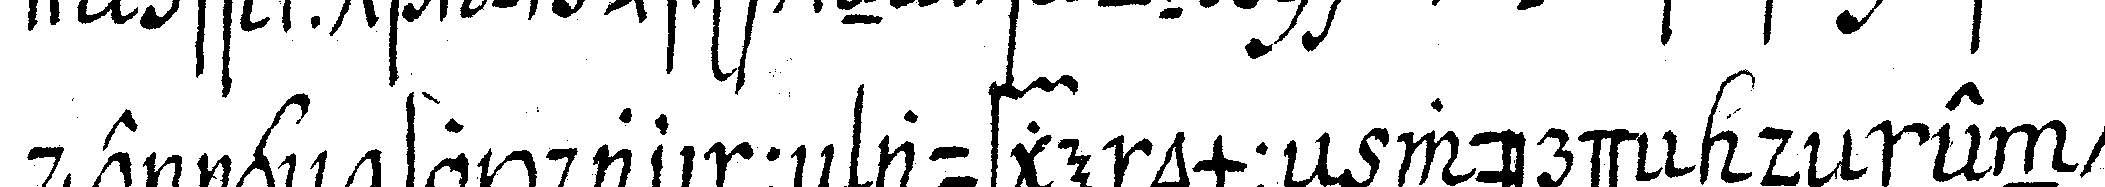
jenigeN so darinneN aufgenommeN würdeN deN ent